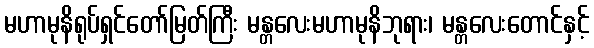
မဟာမုနိရုပ်ရှင်တော်မြတ်ကြီး မန္တလေးမဟာမုနိဘုရား၊ မန္တလေးတောင်နှင့်